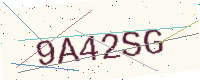
Text: 9A42SG